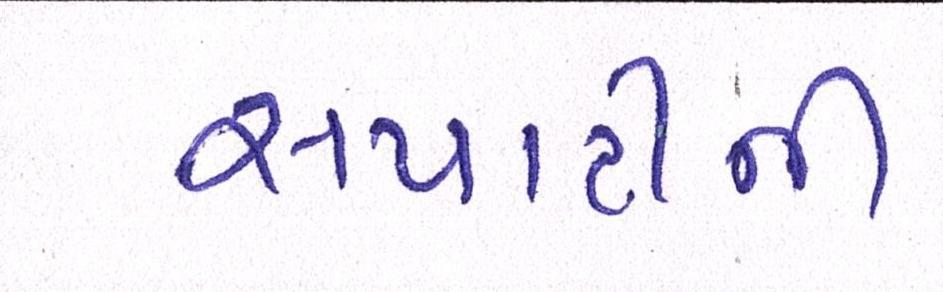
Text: સપાટીની